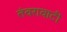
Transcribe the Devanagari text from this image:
तंवरावाटी